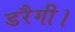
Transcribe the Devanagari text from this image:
डरैगी।